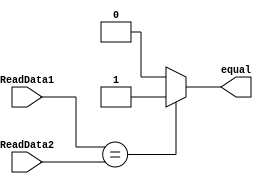
module IsEqual (
    input [31:0] ReadData1, ReadData2,
    output equal
);
    assign equal = (ReadData1 == ReadData2)? 1:0;
endmodule